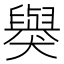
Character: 𬍋